Leaving Certificate Examination, 1908
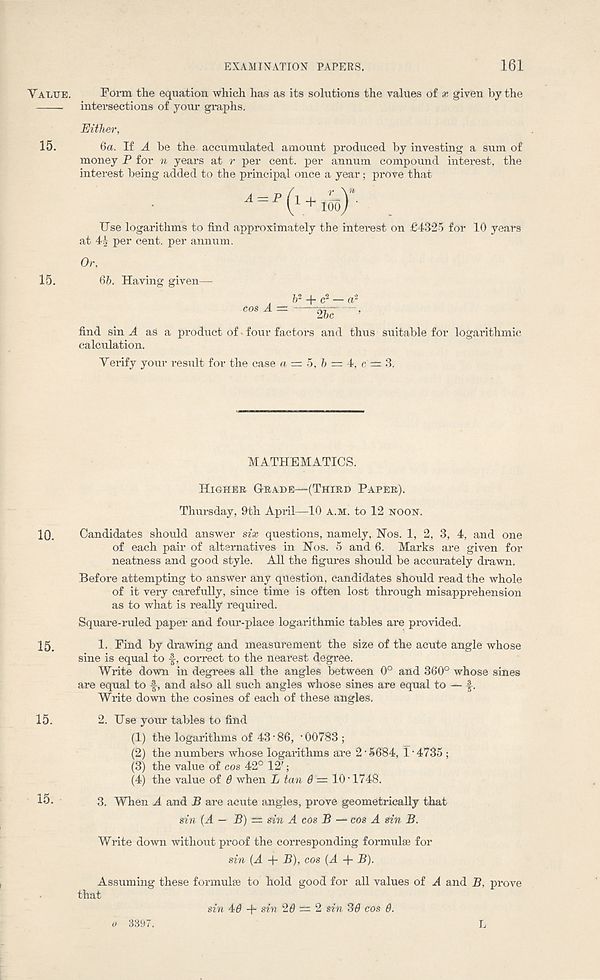
EXAMINATION PAPERS.
161
Value. Form the equation which has as its solutions the values of x given by the
intersections of your graphs.
Either,
15.
6a. If A be the accumulated amount produced by investing a sum of
money P for n years at r per cent, per annum compound interest, the
interest being added to the principal once a year; prove that
^ = p ( 1 + ioo)-
Use logarithms to find approximately the interest on £4325 for 10 years
at 42 per cent, per annum.
Or,
15.
66. Having given—-
find sin ^4 as a product of • four factors and thus suitable for logarithmic
calculation.
Verify your result for the case a = 5, 6 = 4, c; = 3.
MATHEMATICS.
10.
15.
15.
15.
Higher Grade—(Third Paper).
Thursday, 9th April—10 a.m. to 12 noon.
Candidates should answer six questions, namely, Nos. 1, 2, 3, 4, and one
of each pair of alternatives in Nos. 5 and 6. Marks are given for
neatness and good style. All the figures should be accurately drawn.
Before attempting to answer any question, candidates should read the whole
of it very carefully, since time is often lost through misapprehension
as to what is really required.
Square-ruled paper and four-place logarithmic tables are provided.
1. Find by drawing and measurement the size of the acute angle whose
sine is equal to -|, correct to the nearest degree.
Write down in degrees all the angles between 0° and 360° whose sines
are equal to f, and also all such angles whose sines are equal to — f.
Write down the cosines of each of these angles,
2. Use your tables to find
(1) the logarithms of 43-86, -00783 ;
(2) the numbers whose logarithms are 2 • 5684, 1 • 4735 ;
(3) the value of cos 42° 12';
(4) the value of 6 when L tan 6 = 10-1748.
3. When A and B are acute angles, prove geometrically that
sin (A — B) — sin A cos B — cos A sin B.
Write down without proof the corresponding formulae for
sin (A + B), cos {A + B).
Assuming these formulae to hold good for all values of A and B, prove
that
sin 40 -p sin 20 — 2 sin 30 cos 0.
3397.